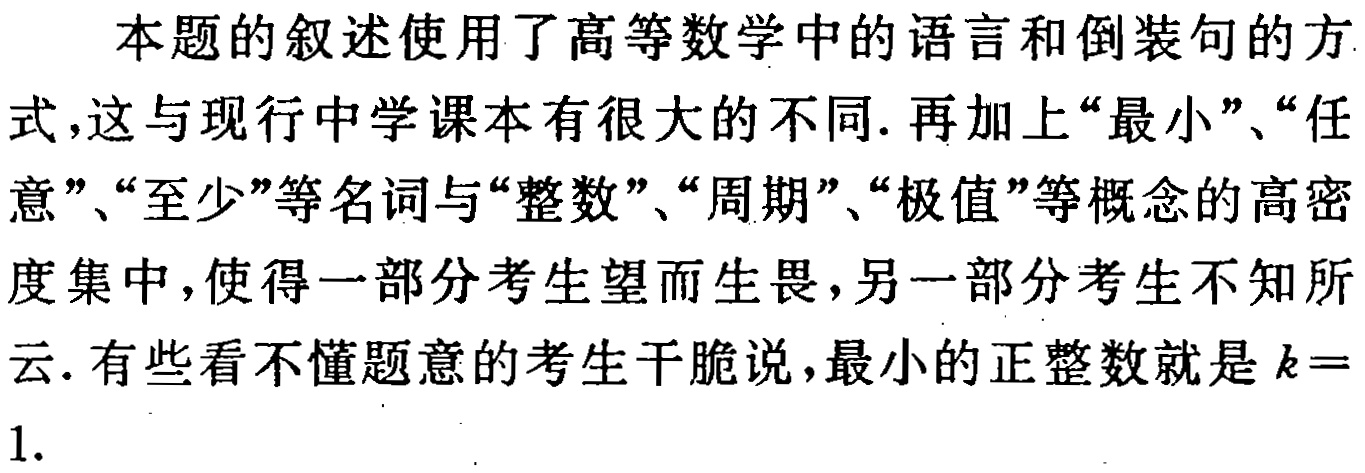
本题的叙述使用了高等数学中的语言和倒装句的方式,这与现行中学课本有很大的不同.再加上“最小”、“任意”、“至少”等名词与“整数”、“周期”、“极值”等概念的高密度集中，使得一部分考生望而生畏，另一部分考生不知所云.有些看不懂题意的考生干脆说，最小的正整数就是\(k = 1\).